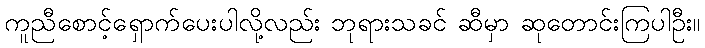
ကူညီစောင့်ရှောက်ပေးပါလို့လည်း ဘုရားသခင် ဆီမှာ ဆုတောင်းကြပါဦး။